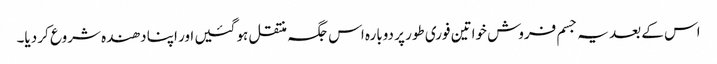
اس کے بعد یہ جسم فروش خواتین فوری طور پر دوبارہ اس جگہ منتقل ہو گئیں اور اپنا دھندہ شروع کر دیا۔